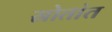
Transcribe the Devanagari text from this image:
स्रोतांत